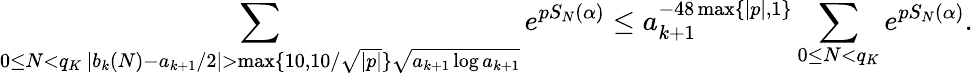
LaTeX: \sum_{\substack{0\le N<q_{K}\, |b_{k}(N)-a_{k+1}/2|>\operatorname*{max}\{ 10,10/\sqrt{|p|}\} \sqrt{a_{k+1}\log a_{k+1}}}}e^{pS_{N}(\alpha)}\le a_{k+1}^{-48\operatorname*{max}\{ |p|,1\} }\sum_{0\le N<q_{K}}e^{pS_{N}(\alpha)}.